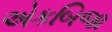
એકબિજા